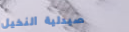
صيدلية النخيل